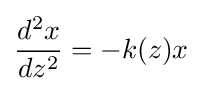
{\frac {d^{2}x}{dz^{2}}}=-k(z)x